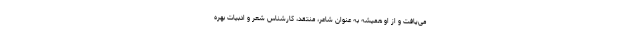
می‌یافت و از او همیشه به عنوان شاعر، منتقد، کارشناس شعر و ادبیات بهره